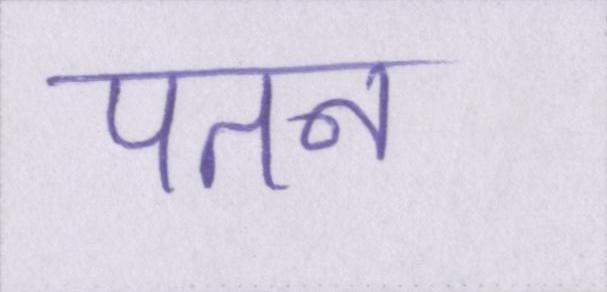
पतन